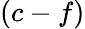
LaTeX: (c-f)